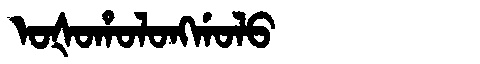
Manchu: ᠣᡧᠣᡥᠣᠯᠣᠩᡤᠣᠯᠣ
Romanization: OŠOHOLONGGOLO